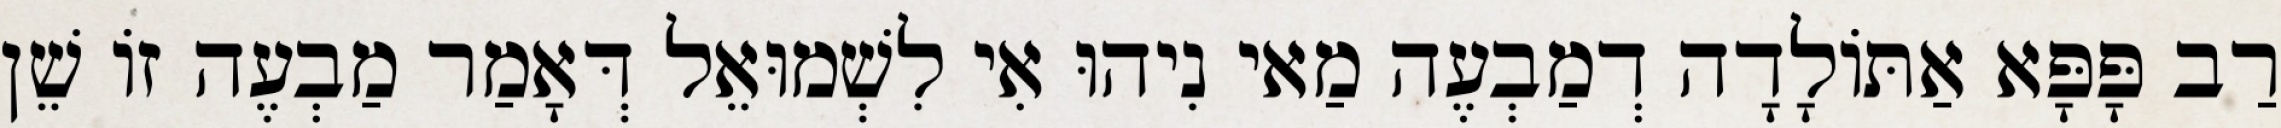
רַב פָּפָּא אַתּוֹלָדָה דְמַבְעֶה מַאי נִיהוּ אִי לִשְׁמוּאֵל דְּאָמַר מַבְעֶה זוֹ שֵׁן